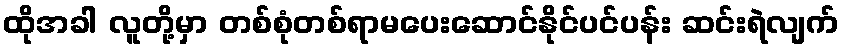
ထိုအခါ လူတို့မှာ တစ်စုံတစ်ရာမပေးဆောင်နိုင်ပင်ပန်း ဆင်းရဲလျက်